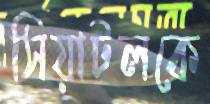
সিয়াটলকে